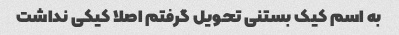
به اسم کیک بستنی تحویل گرفتم اصلا کیکی نداشت